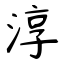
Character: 淳